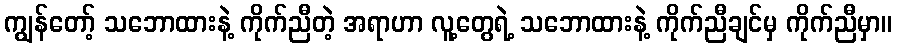
ကျွန်တော့် သဘောထားနဲ့ ကိုက်ညီတဲ့ အရာဟာ လူ့တွေရဲ့ သဘောထားနဲ့ ကိုက်ညီချင်မှ ကိုက်ညီမှာ။